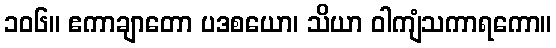
၁၀၆။ ဧကာချာတော ပဒစယော၊ သိယာ ဝါကျံသကာရကော။